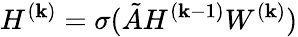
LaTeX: H^{(\mathbf{k})}=\sigma(\tilde{{A}}H^{(\mathbf{k}-1)}W^{(\mathbf{k})})